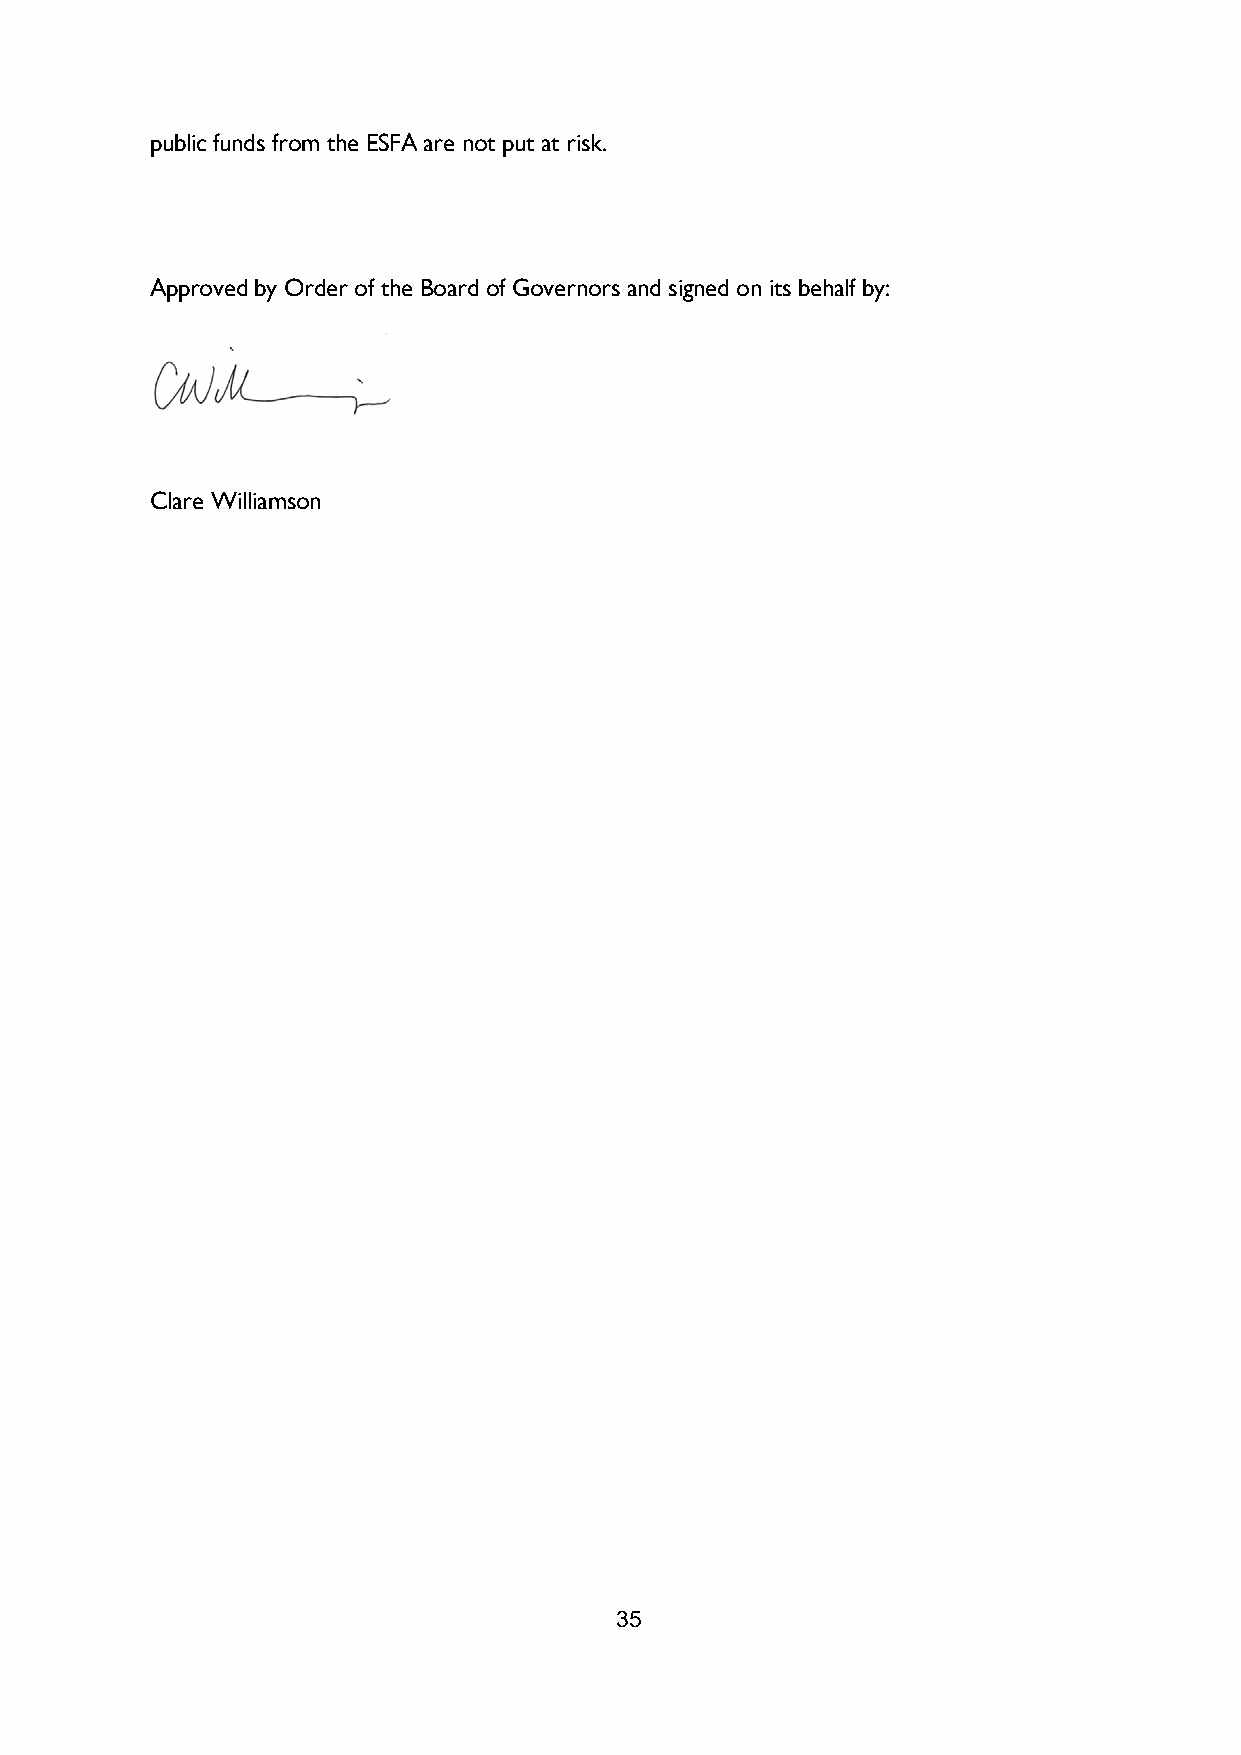
public funds from the ESFA are not put at risk.
 Approved by Order of the Board of Governors and signed on its behalf by:
 Clare Williamson
 35